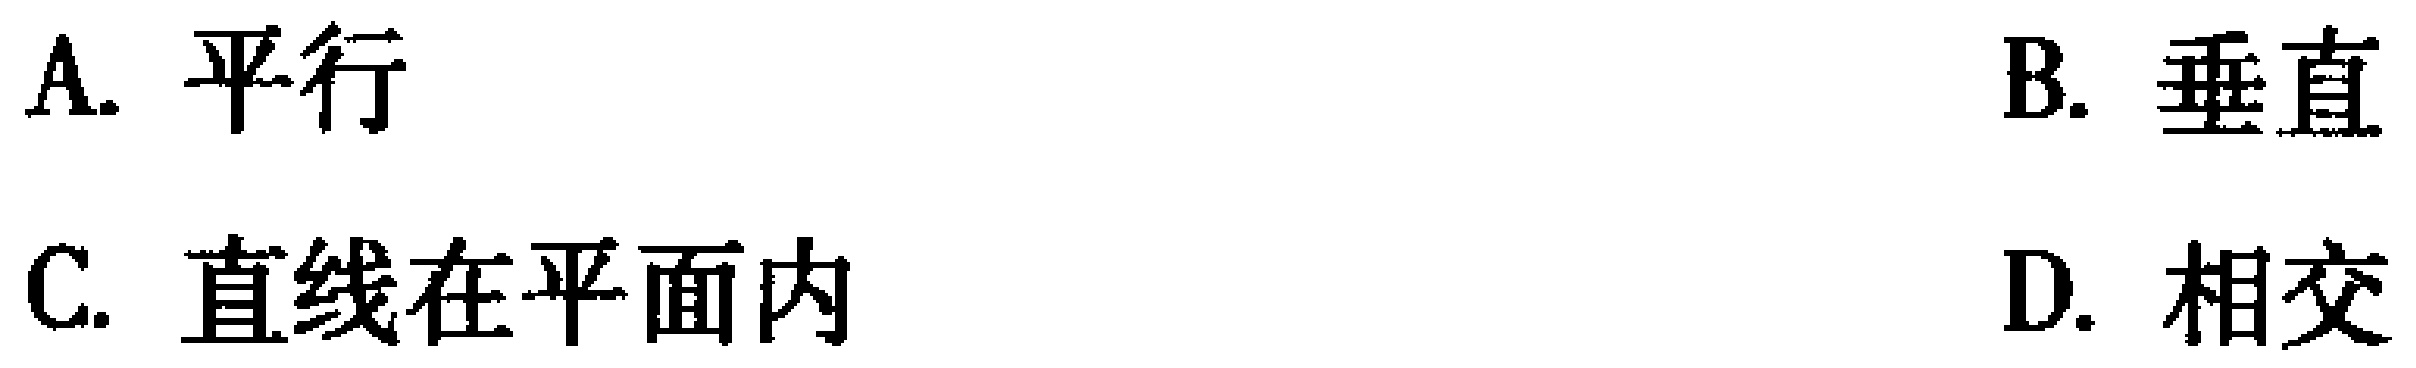
A. 平行
B. 垂直
C. 直线在平面内
D. 相交